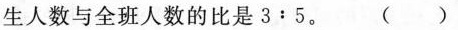
生人数与全班人数的比是3：5。 ()